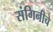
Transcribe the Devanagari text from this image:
संगिनीचे